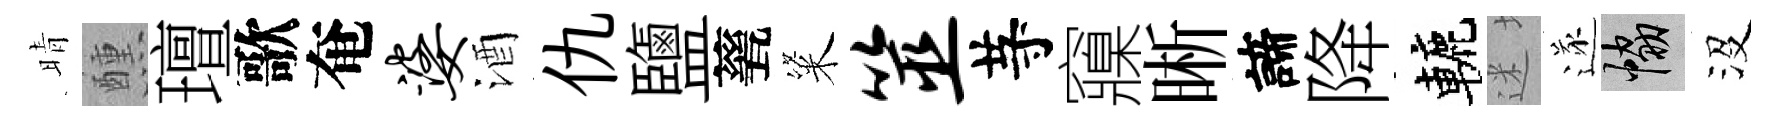
晴醺璮歌奄婆酒仇鹽甆粢筮䒭䆿晰諦降轆迷遂協沒